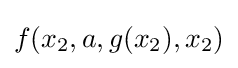
f(x_{2},a,g(x_{2}),x_{2})